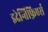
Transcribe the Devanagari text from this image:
इदेन्तिफ़िएर्स